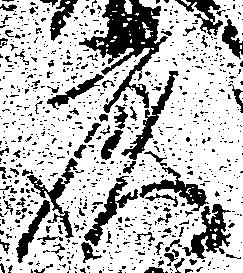
彦